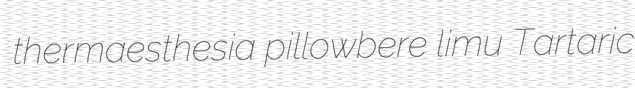
thermaesthesia pillowbere limu Tartaric